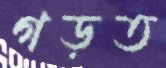
গড়ত